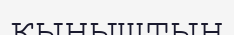
қыныштың